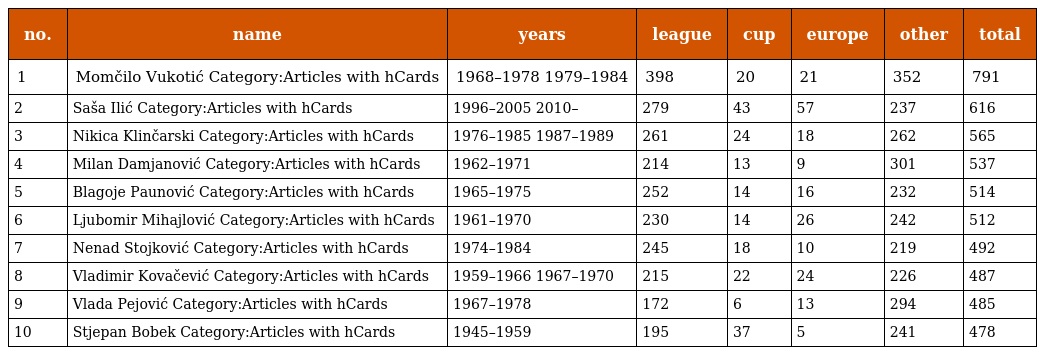
| no. | name | years | league | cup | europe | other | total |
 | --- | --- | --- | --- | --- | --- | --- | --- |
 | 1 | Momčilo Vukotić Category:Articles with hCards | 1968–1978 1979–1984 | 398 | 20 | 21 | 352 | 791 |
 | 2 | Saša Ilić Category:Articles with hCards | 1996–2005 2010– | 279 | 43 | 57 | 237 | 616 |
 | 3 | Nikica Klinčarski Category:Articles with hCards | 1976–1985 1987–1989 | 261 | 24 | 18 | 262 | 565 |
 | 4 | Milan Damjanović Category:Articles with hCards | 1962–1971 | 214 | 13 | 9 | 301 | 537 |
 | 5 | Blagoje Paunović Category:Articles with hCards | 1965–1975 | 252 | 14 | 16 | 232 | 514 |
 | 6 | Ljubomir Mihajlović Category:Articles with hCards | 1961–1970 | 230 | 14 | 26 | 242 | 512 |
 | 7 | Nenad Stojković Category:Articles with hCards | 1974–1984 | 245 | 18 | 10 | 219 | 492 |
 | 8 | Vladimir Kovačević Category:Articles with hCards | 1959–1966 1967–1970 | 215 | 22 | 24 | 226 | 487 |
 | 9 | Vlada Pejović Category:Articles with hCards | 1967–1978 | 172 | 6 | 13 | 294 | 485 |
 | 10 | Stjepan Bobek Category:Articles with hCards | 1945–1959 | 195 | 37 | 5 | 241 | 478 |